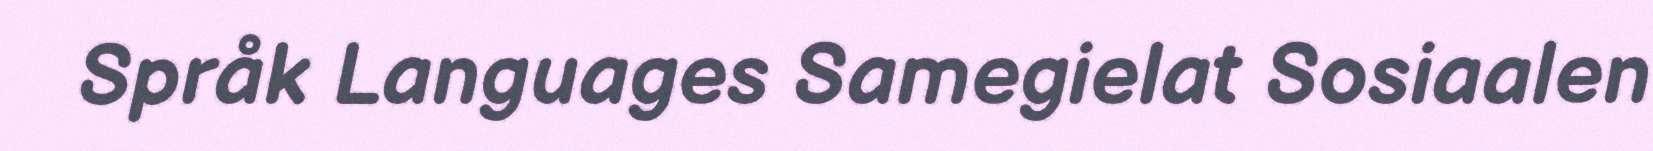
Språk Languages Samegielat Sosiaalen